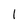
Character: I